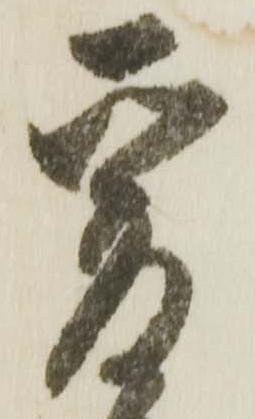
爰